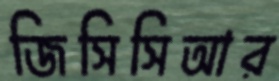
জিসিসিআর